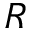
R